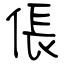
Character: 倀